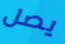
يصل